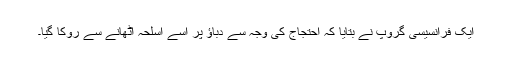
ایک فرانسیسی گروپ نے بتایا کہ احتجاج کی وجہ سے دباؤ پر اسے اسلحہ اٹھانے سے روکا گیا۔